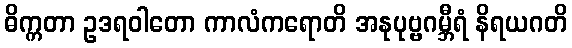
ဓိက္ကတာ ဥဒရဝါတော ကာလံကရောတိ အနုပုဗ္ဗဂမ္ဘီရံ နိရယဂတိ